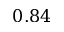
0 . 8 4